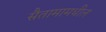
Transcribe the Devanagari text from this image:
सैतामामधील